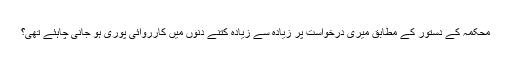
محکمہ کے دستور کے مطابق میری درخواست پر زیادہ سے زیادہ کتنے دنوں میں کارروائی پوری ہو جانی چاہئے تھی؟